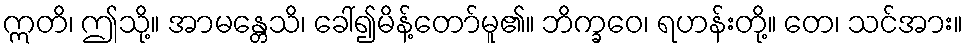
ဣတိ၊ ဤသို့။ အာမန္တေသိ၊ ခေါ်၍မိန့်တော်မူ၏။ ဘိက္ခဝေ၊ ရဟန်းတို့။ တေ၊ သင်အား။